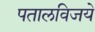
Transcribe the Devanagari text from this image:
पतालविजये